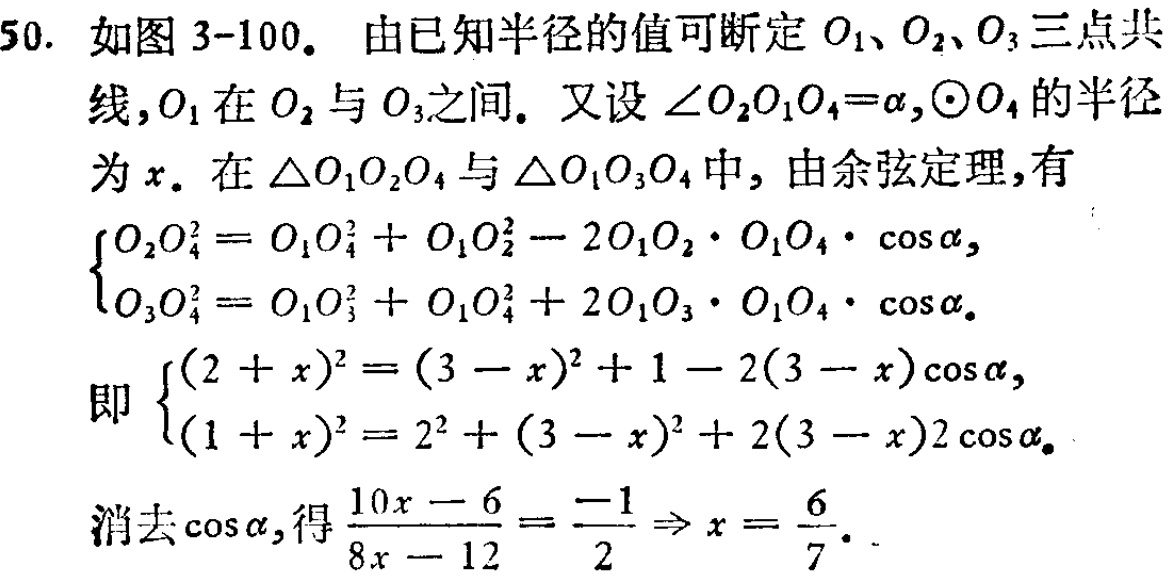
50. 如图 3-100. 由已知半径的值可断定 \(O_1、O_2、O_3\) 三点共线，\(O_1\) 在 \(O_2\) 与 \(O_3\)之间. 又设 \(\angle O_2O_1O_4 = \alpha\)，\(\odot O_4\) 的半径为 \(x\). 在 \(\triangle O_1O_2O_4\) 与 \(\triangle O_1O_3O_4\) 中，由余弦定理，有
\[\begin{cases}
O_2O_4^2 = O_1O_4^2 + O_1O_2^2 - 2O_1O_2\cdot O_1O_4\cdot \cos\alpha,\\
O_3O_4^2 = O_1O_3^2 + O_1O_4^2 + 2O_1O_3\cdot O_1O_4\cdot \cos\alpha.
\end{cases}\]
即\[\begin{cases}
(2 + x)^2 = (3 - x)^2 + 1 - 2(3 - x)\cos\alpha,\\
(1 + x)^2 = 2^2 + (3 - x)^2 + 2(3 - x)2\cos\alpha.
\end{cases}\]
消去 \(\cos\alpha\)，得\(\frac{10x - 6}{8x - 12} = \frac{-1}{2} \Rightarrow x = \frac{6}{7}\).